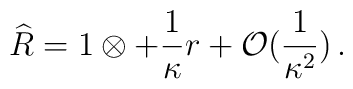
\widehat{R} = 1 \otimes + \frac{1}{\kappa} r + {\cal O }  (\frac{1}{\kappa^2})\, .